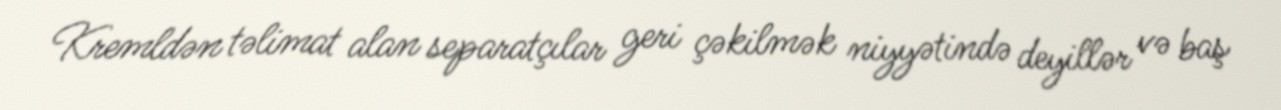
Kremldən təlimat alan separatçılar geri çəkilmək niyyətində deyillər və baş